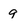
Character: 9